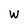
Character: W